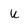
Character: U